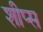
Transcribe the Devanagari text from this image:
शीप्स